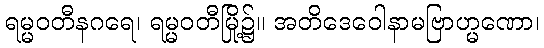
ရမ္မဝတီနဂရေ၊ ရမ္မဝတီမြို့၌။ အတိဒေဝေါနာမဗြာဟ္မဏော၊